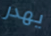
يهدر